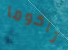
تاكوما